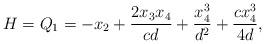
LaTeX: \begin{align*}H=Q_1 = -x_2+\frac{2 x_3 x_4}{c d}+\frac{x_4^3}{d^2}+\frac{cx_4^3}{4 d},\end{align*}